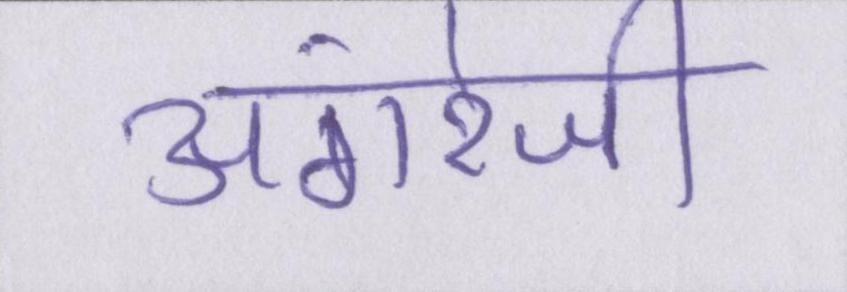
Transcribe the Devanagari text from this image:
अंगरेजी